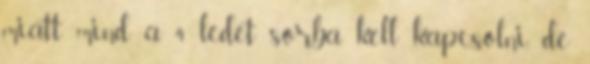
miatt mind a 4 ledet sorba kell kapcsolni, de